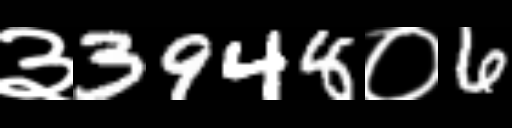
Text: ३3948०6